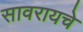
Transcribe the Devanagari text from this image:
सावरायचे